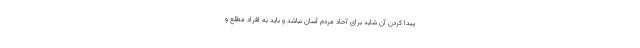
پیدا کردن آن شاید برای آحاد مردم آسان نباشد و باید به افراد مطلع و